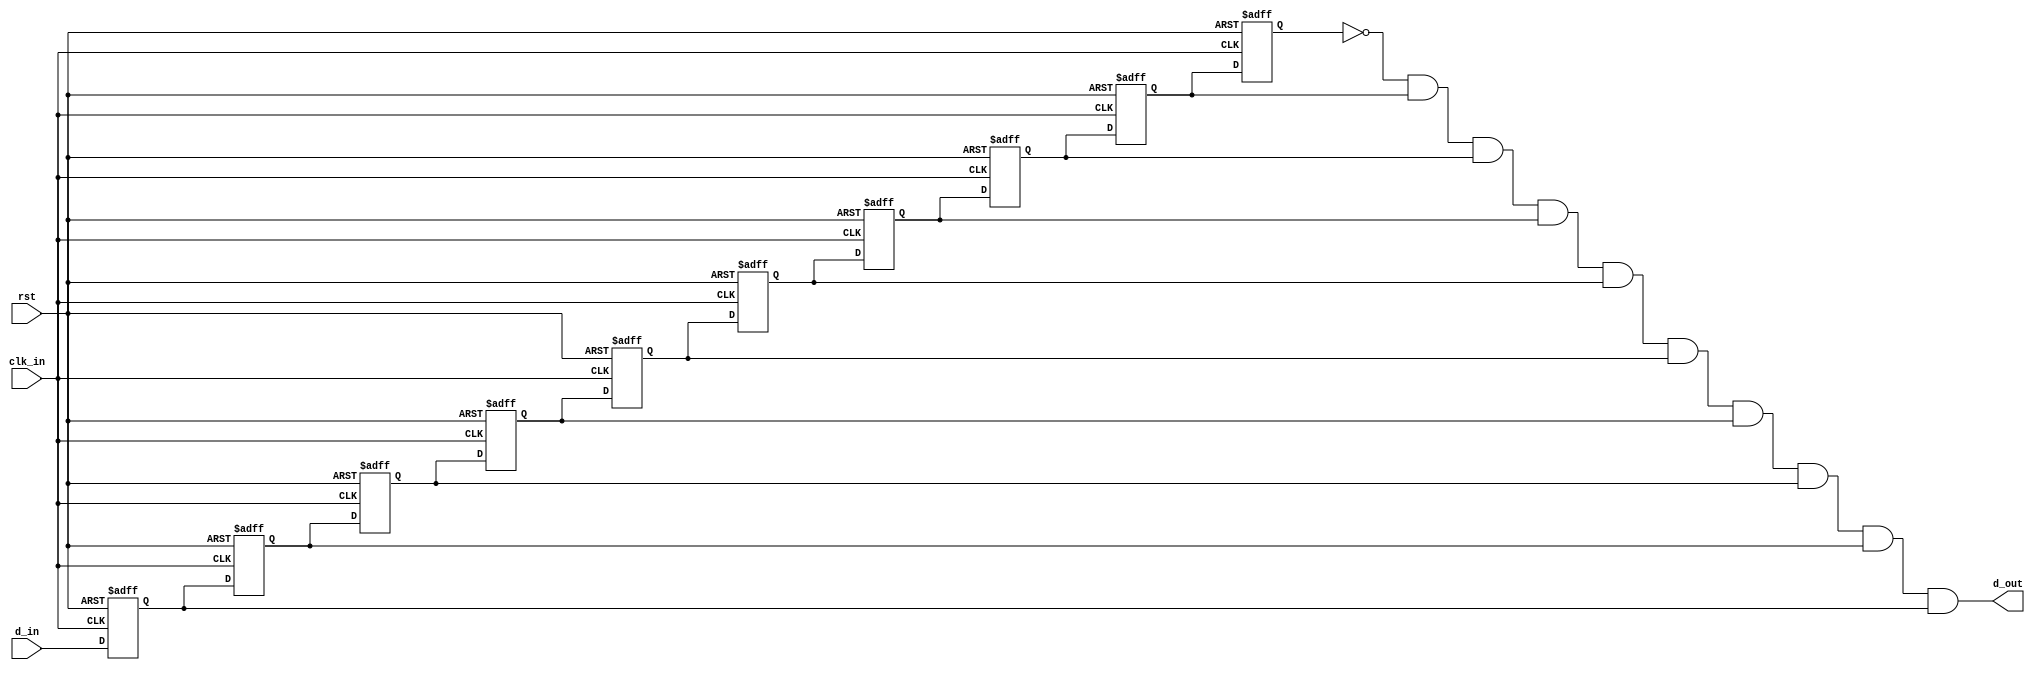
`timescale 1ns / 1ps
//************************* CECS 301 ****************************************/
// Project: Shift Register LAB#1
// Designer: Beatriz Juarez
// Revision Date: 
// Purpose: Provides a one-shot pulse from a non-clock input , which is our 'd_in'.
//			Since the output of the switch will bounce for a period of time, we are waiting
//			for stabilization of the output. 
//			We do that by shifting in new samples at a predetermined time (20 ms). 
// 		
// Notes: Template taken from Lab Project 1 document. 
//
//************************* CECS 301 ****************************************/
module one_shot(clk_in, rst, d_in, d_out);
	input rst, clk_in, d_in;
	output wire d_out; 
	
	reg q9, q8, q7, q6, q5, q4, q3, q2, q1, q0;
	
	always @(posedge clk_in or posedge rst)
		if (rst == 1'b1) begin 
			{q9, q8, q7, q6, q5, q4, q3, q2, q1, q0} <= 10'b0;
		end // ends if 
		else begin
			// shift in the new sample that is on the D_in input
			q9<=q8; q8<=q7; q7<=q6; q6<=q5; q5<=q4;
			q4<=q3; q3<=q2; q2<=q1; q1<=q0; q0<=d_in;
		end // ends else
	
	// create the debounced, one-shot output pulse
	assign d_out = !q9 & q8 & q7 & q6 & q5 & q4 & q3 & q2 & q1 & q0;

endmodule